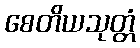
စေတိယသုတ္တံ